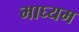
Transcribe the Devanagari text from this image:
माघ्‍यम